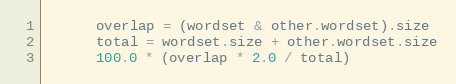
Language: Ruby
      overlap = (wordset & other.wordset).size
      total = wordset.size + other.wordset.size
      100.0 * (overlap * 2.0 / total)